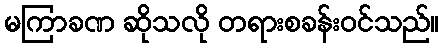
မကြာခဏ ဆိုသလို တရားစခန်းဝင်သည်။